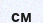
см